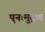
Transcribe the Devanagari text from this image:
पुनःमुद्रण